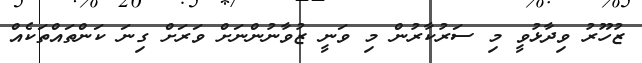
ޒުހޫރު ވިދާޅުވީ މި ސަރުކާރުން މި ވަނީ ޒުވާނުންނަށް ވަރަށް ގިނަ ކަންތައްތަކެއް